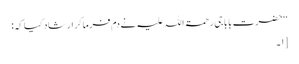
‘‘ حضرت بابا جی رحمۃ اللہ علیہ نے دم فرماکر ارشاد کیا کہ:
[۱۔